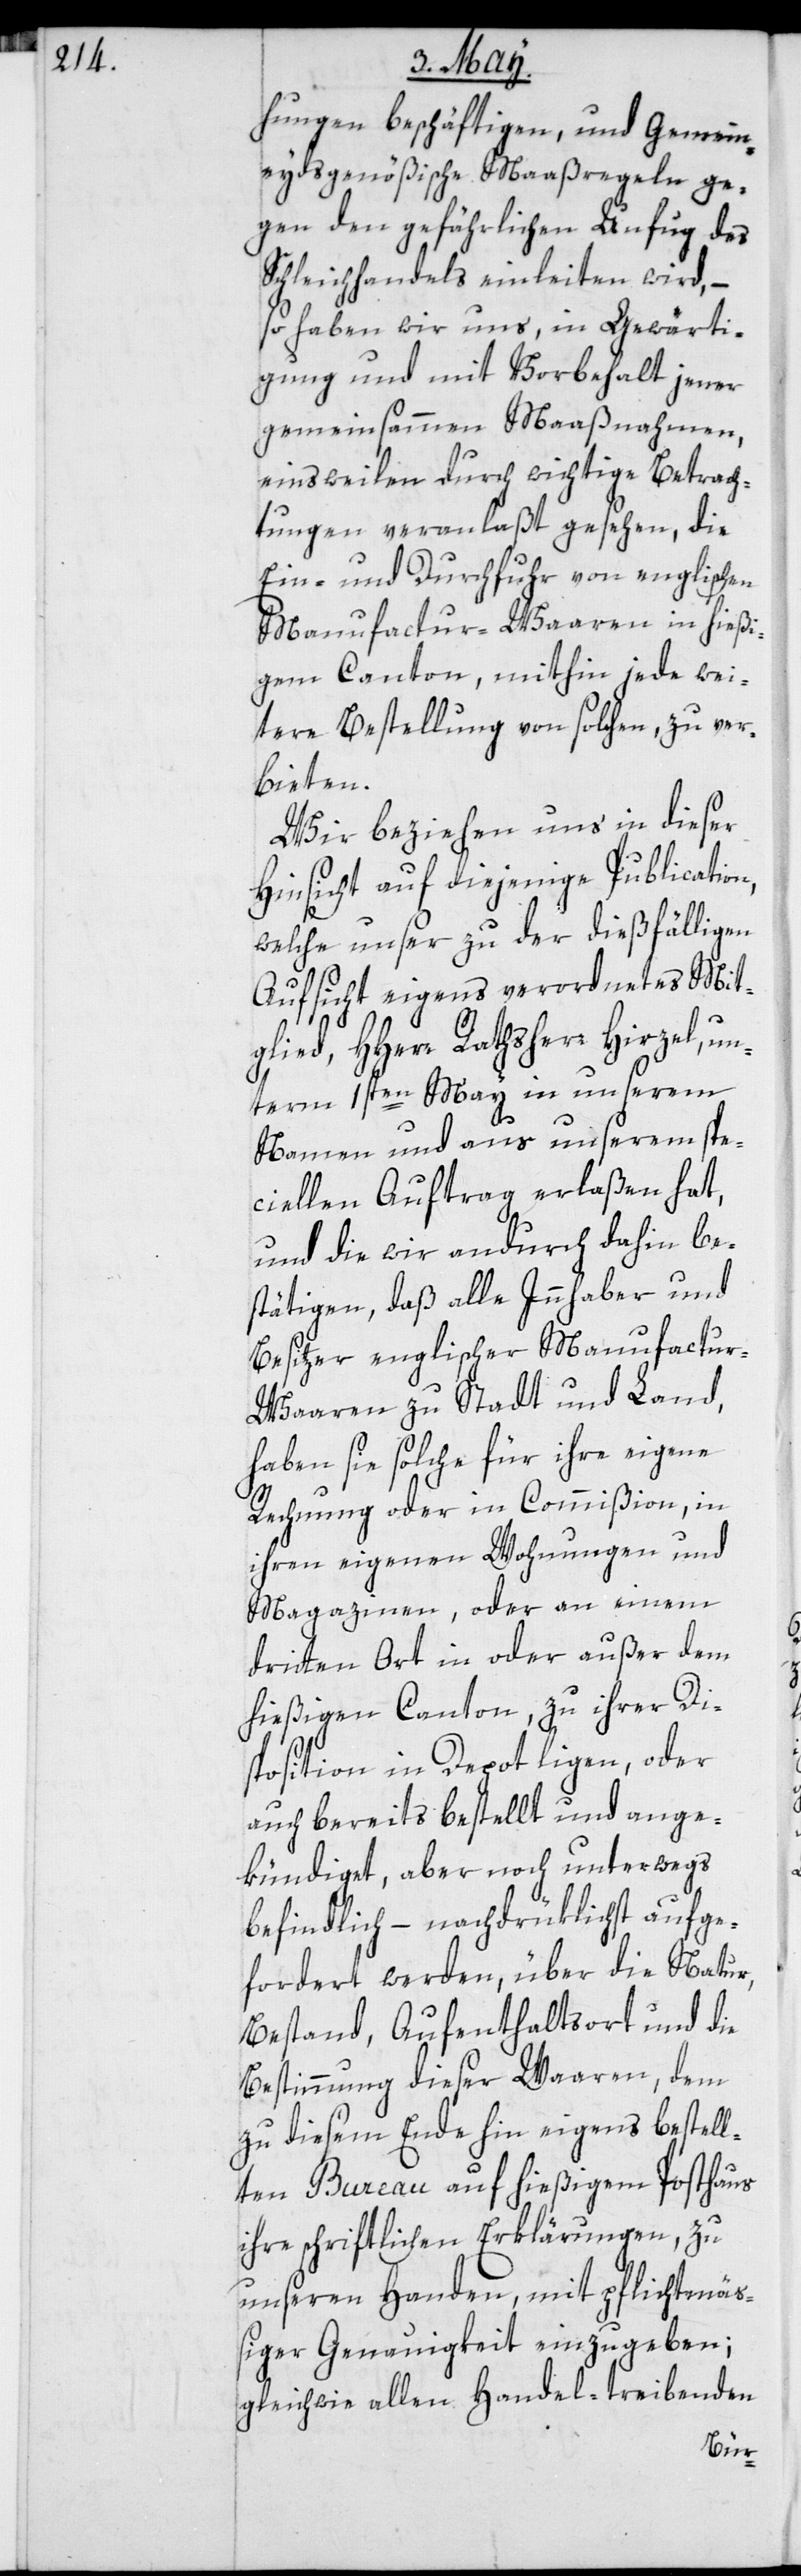
hungen beschäftigen, und Gemein¬
eydsgenößische Maaßregeln ge¬
gen den gefährlichen Unfug des
Schleichhandels einleiten wird, –
so haben wir uns, in Gewärti¬
gung und mit Vorbehalt jener
gemeinsammen Maaßnahmen,
einsweilen durch wichtige Betrach¬
tungen veranlaßt gesehen, die
Ein- und Durchfuhr von englischen
Manufactur-Waaren in hießi¬
gem Canton, mithin jede wei¬
tere Bestellung von solchen, zu ver¬
bieten.
Wir beziehen uns in dieser
Hinsicht auf diejenige Publication,
welche unser zu der dießfälligen
Aufsicht eigens verordnetes Mit¬
glied, Hherr Rathsherr Hirzel, un¬
term 1sten May in unserem
Namen und aus unserem spe¬
ciellen Auftrag erlaßen hat,
und die wir andurch dahin be¬
stätigen, daß alle Innhaber und
Besitzer englischer Manufactu¬
r-Waaren zu Stadt und Land,
haben sie solche für ihre eigene
Rechnung oder in Commission, in
ihren eigenen Wohnungen und
Magazinen, oder an einem
dritten Ort in oder außer dem
hießigen Canton zu ihrer Di¬
sposition in Depot liegen, oder
auch bereits bestellt und ange¬
kündiget, aber noch unterwegs
befindlich, – nachdrüklichst aufge¬
fordert werden, über die Natur,
Bestand, Aufenthaltsort und die
Bestimmung dieser Waaren, dem
zu diesem Ende hin eigens bestell¬
ten Bureau auf hießigem Posthaus
ihre schriftlichen Erklärungen, zu
unseren Handen, mit pflichtmäß¬
iger Genauigkeit einzugeben;
gleichwie allen Handel-treibenden